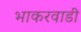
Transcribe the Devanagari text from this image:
भाकरवाडी